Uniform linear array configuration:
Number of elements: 16
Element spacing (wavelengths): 0.5
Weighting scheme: hamming
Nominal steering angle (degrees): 60
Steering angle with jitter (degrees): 60.435
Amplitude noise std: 0.05
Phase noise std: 0.05

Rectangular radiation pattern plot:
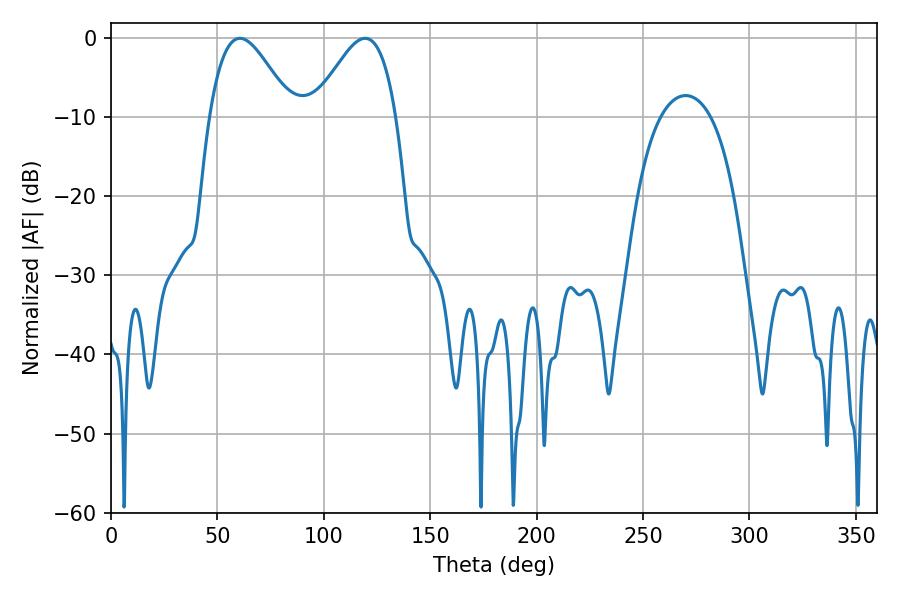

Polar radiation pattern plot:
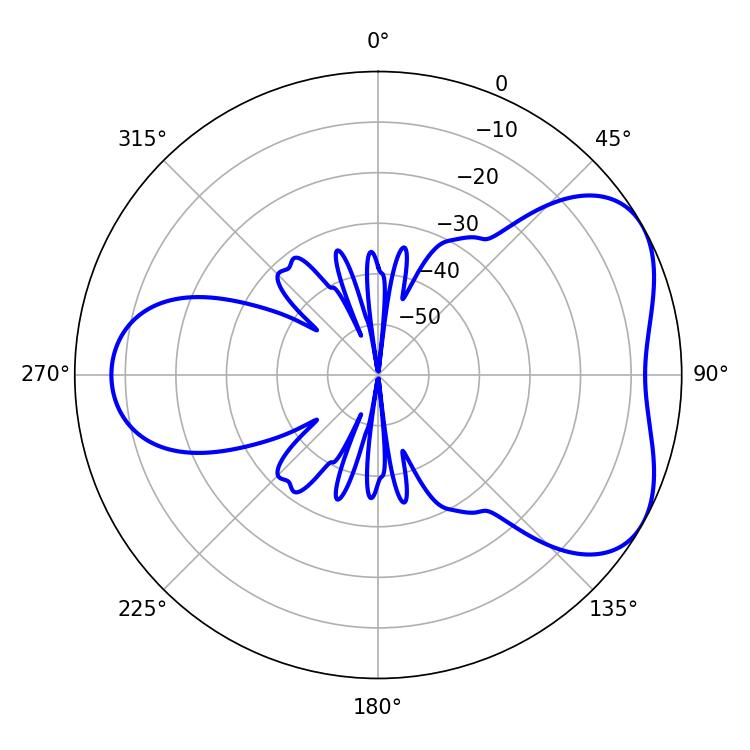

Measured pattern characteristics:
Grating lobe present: FALSE
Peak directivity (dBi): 4.91
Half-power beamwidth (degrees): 20.7
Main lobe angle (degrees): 60.66